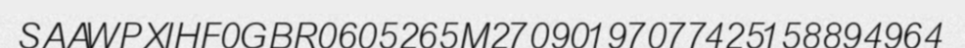
SAAWPXIHF0GBR0605265M27090197077425158894964